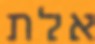
אלת